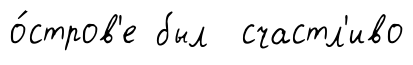
о́стров'е был счастл'иво